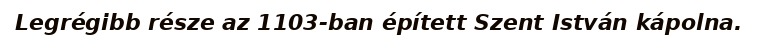
Legrégibb része az 1103-ban épített Szent István kápolna.